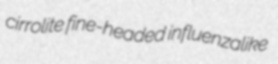
cirrolite fine-headed influenzalike